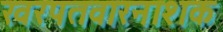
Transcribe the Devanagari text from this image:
खरपतवारनाशक